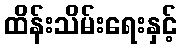
ထိန်းသိမ်းရေးနှင့်